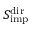
S _ { \mathrm { i m p } } ^ { \mathrm { d i r } }